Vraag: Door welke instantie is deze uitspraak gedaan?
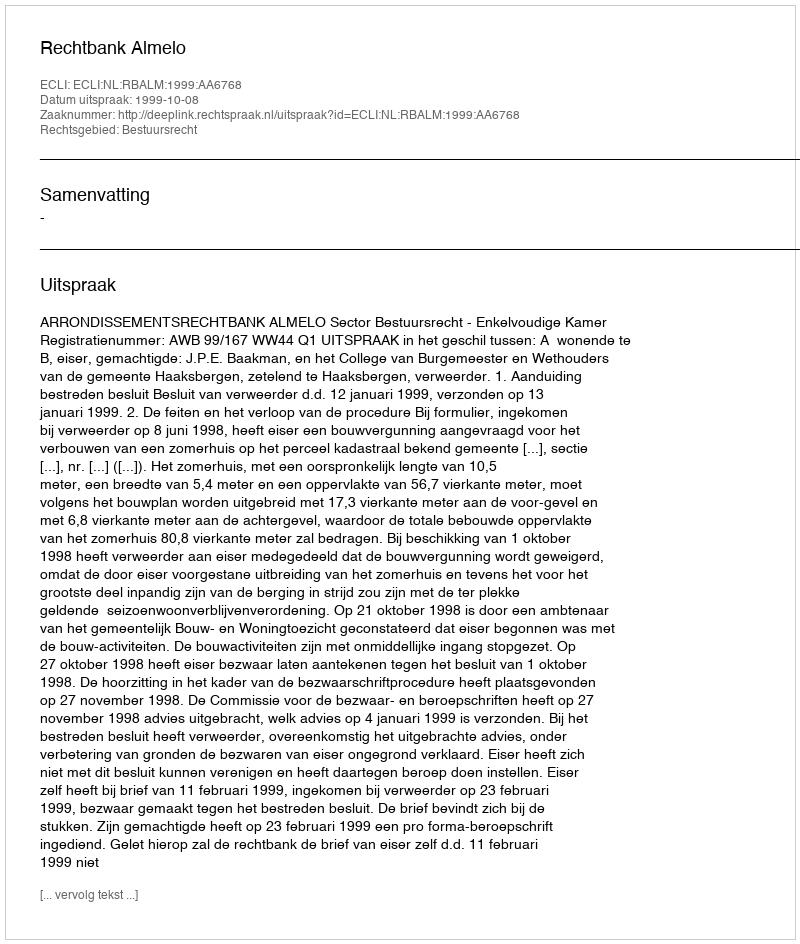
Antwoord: Rechtbank Almelo